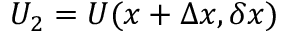
U _ { 2 } = U ( x + \Delta x , \delta x )